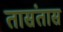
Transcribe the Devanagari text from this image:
तासंतास